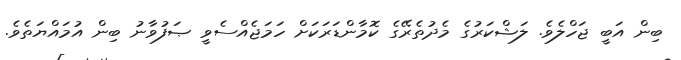
ބިން އަބީ ޖަހްލެވެ. ލަޝްކަރުގެ މެދުތެރޭގެ ކޮމާންޑަރަކަށް ހަމަޖެއްސެވީ ޞަފުވާނު ބިން އުމައްޔަތެވެ.